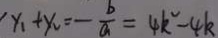
y _ { 1 } + y _ { 2 } = - \frac { b } { a } = 4 k ^ { 2 } - 4 k